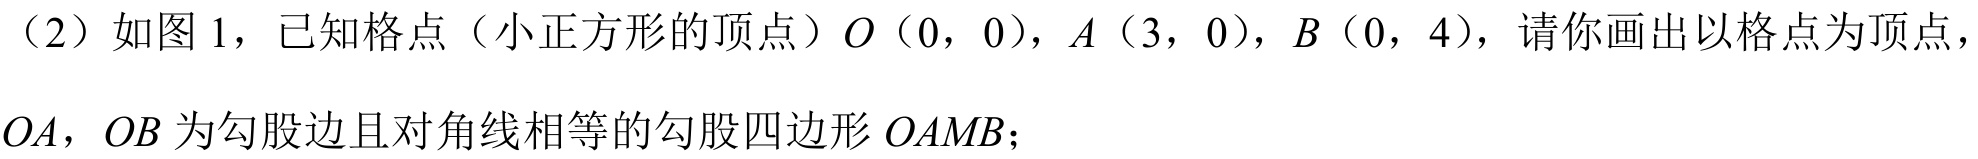
（2）如图1，已知格点（小正方形的顶点）$O(0,0)$，$A(3,0)$，$B(0,4)$，请你画出以格点为顶点，
$OA$，$OB$为勾股边且对角线相等的勾股四边形$OAMB$；